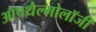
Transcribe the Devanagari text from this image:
ऑपथैल्मोलॉजी